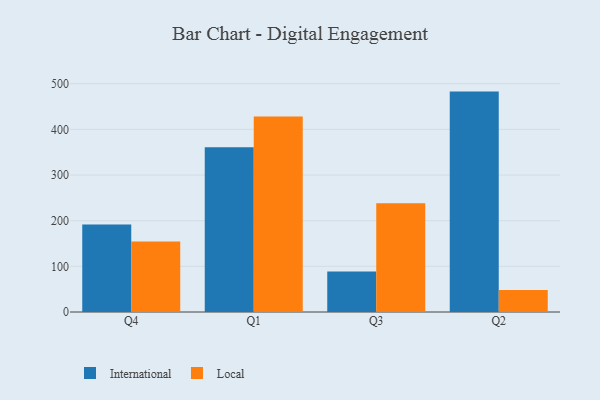
{"axis": {"x": "Quarter", "y": "Tickets Resolved"}, "legend": ["International", "Local"], "data": [{"x": "Q4", "y": 191.5, "type": "International"}, {"x": "Q4", "y": 154.4, "type": "Local"}, {"x": "Q1", "y": 360.6, "type": "International"}, {"x": "Q1", "y": 428.1, "type": "Local"}, {"x": "Q3", "y": 88.8, "type": "International"}, {"x": "Q3", "y": 238.2, "type": "Local"}, {"x": "Q2", "y": 482.7, "type": "International"}, {"x": "Q2", "y": 48.2, "type": "Local"}]}